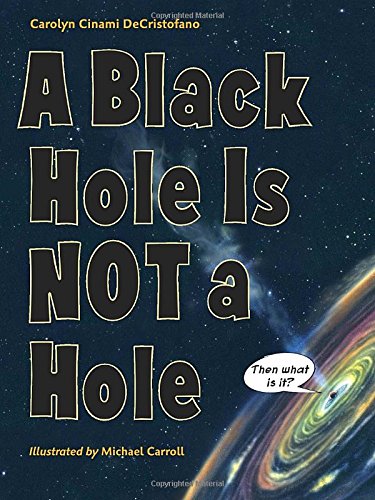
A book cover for A Black Hole Is Not a Hole; Carolyn Cinami DeCristofano; Children's Books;